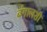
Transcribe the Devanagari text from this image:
बंगालशी